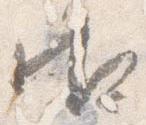
御